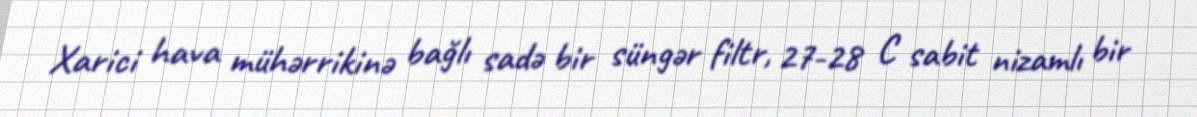
Xarici hava mühərrikinə bağlı sadə bir süngər filtr, 27-28 C sabit nizamlı bir